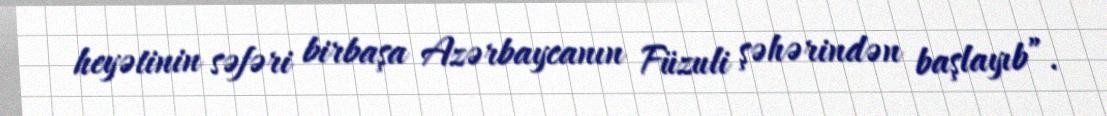
heyətinin səfəri birbaşa Azərbaycanın Füzuli şəhərindən başlayıb”.